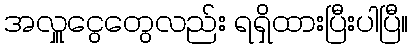
အလှူငွေတွေလည်း ရရှိထားပြီးပါပြီ။